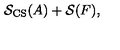
\mathcal { S } _ { \mathrm { C S } } ( A ) + \mathcal { S } ( F ) ,